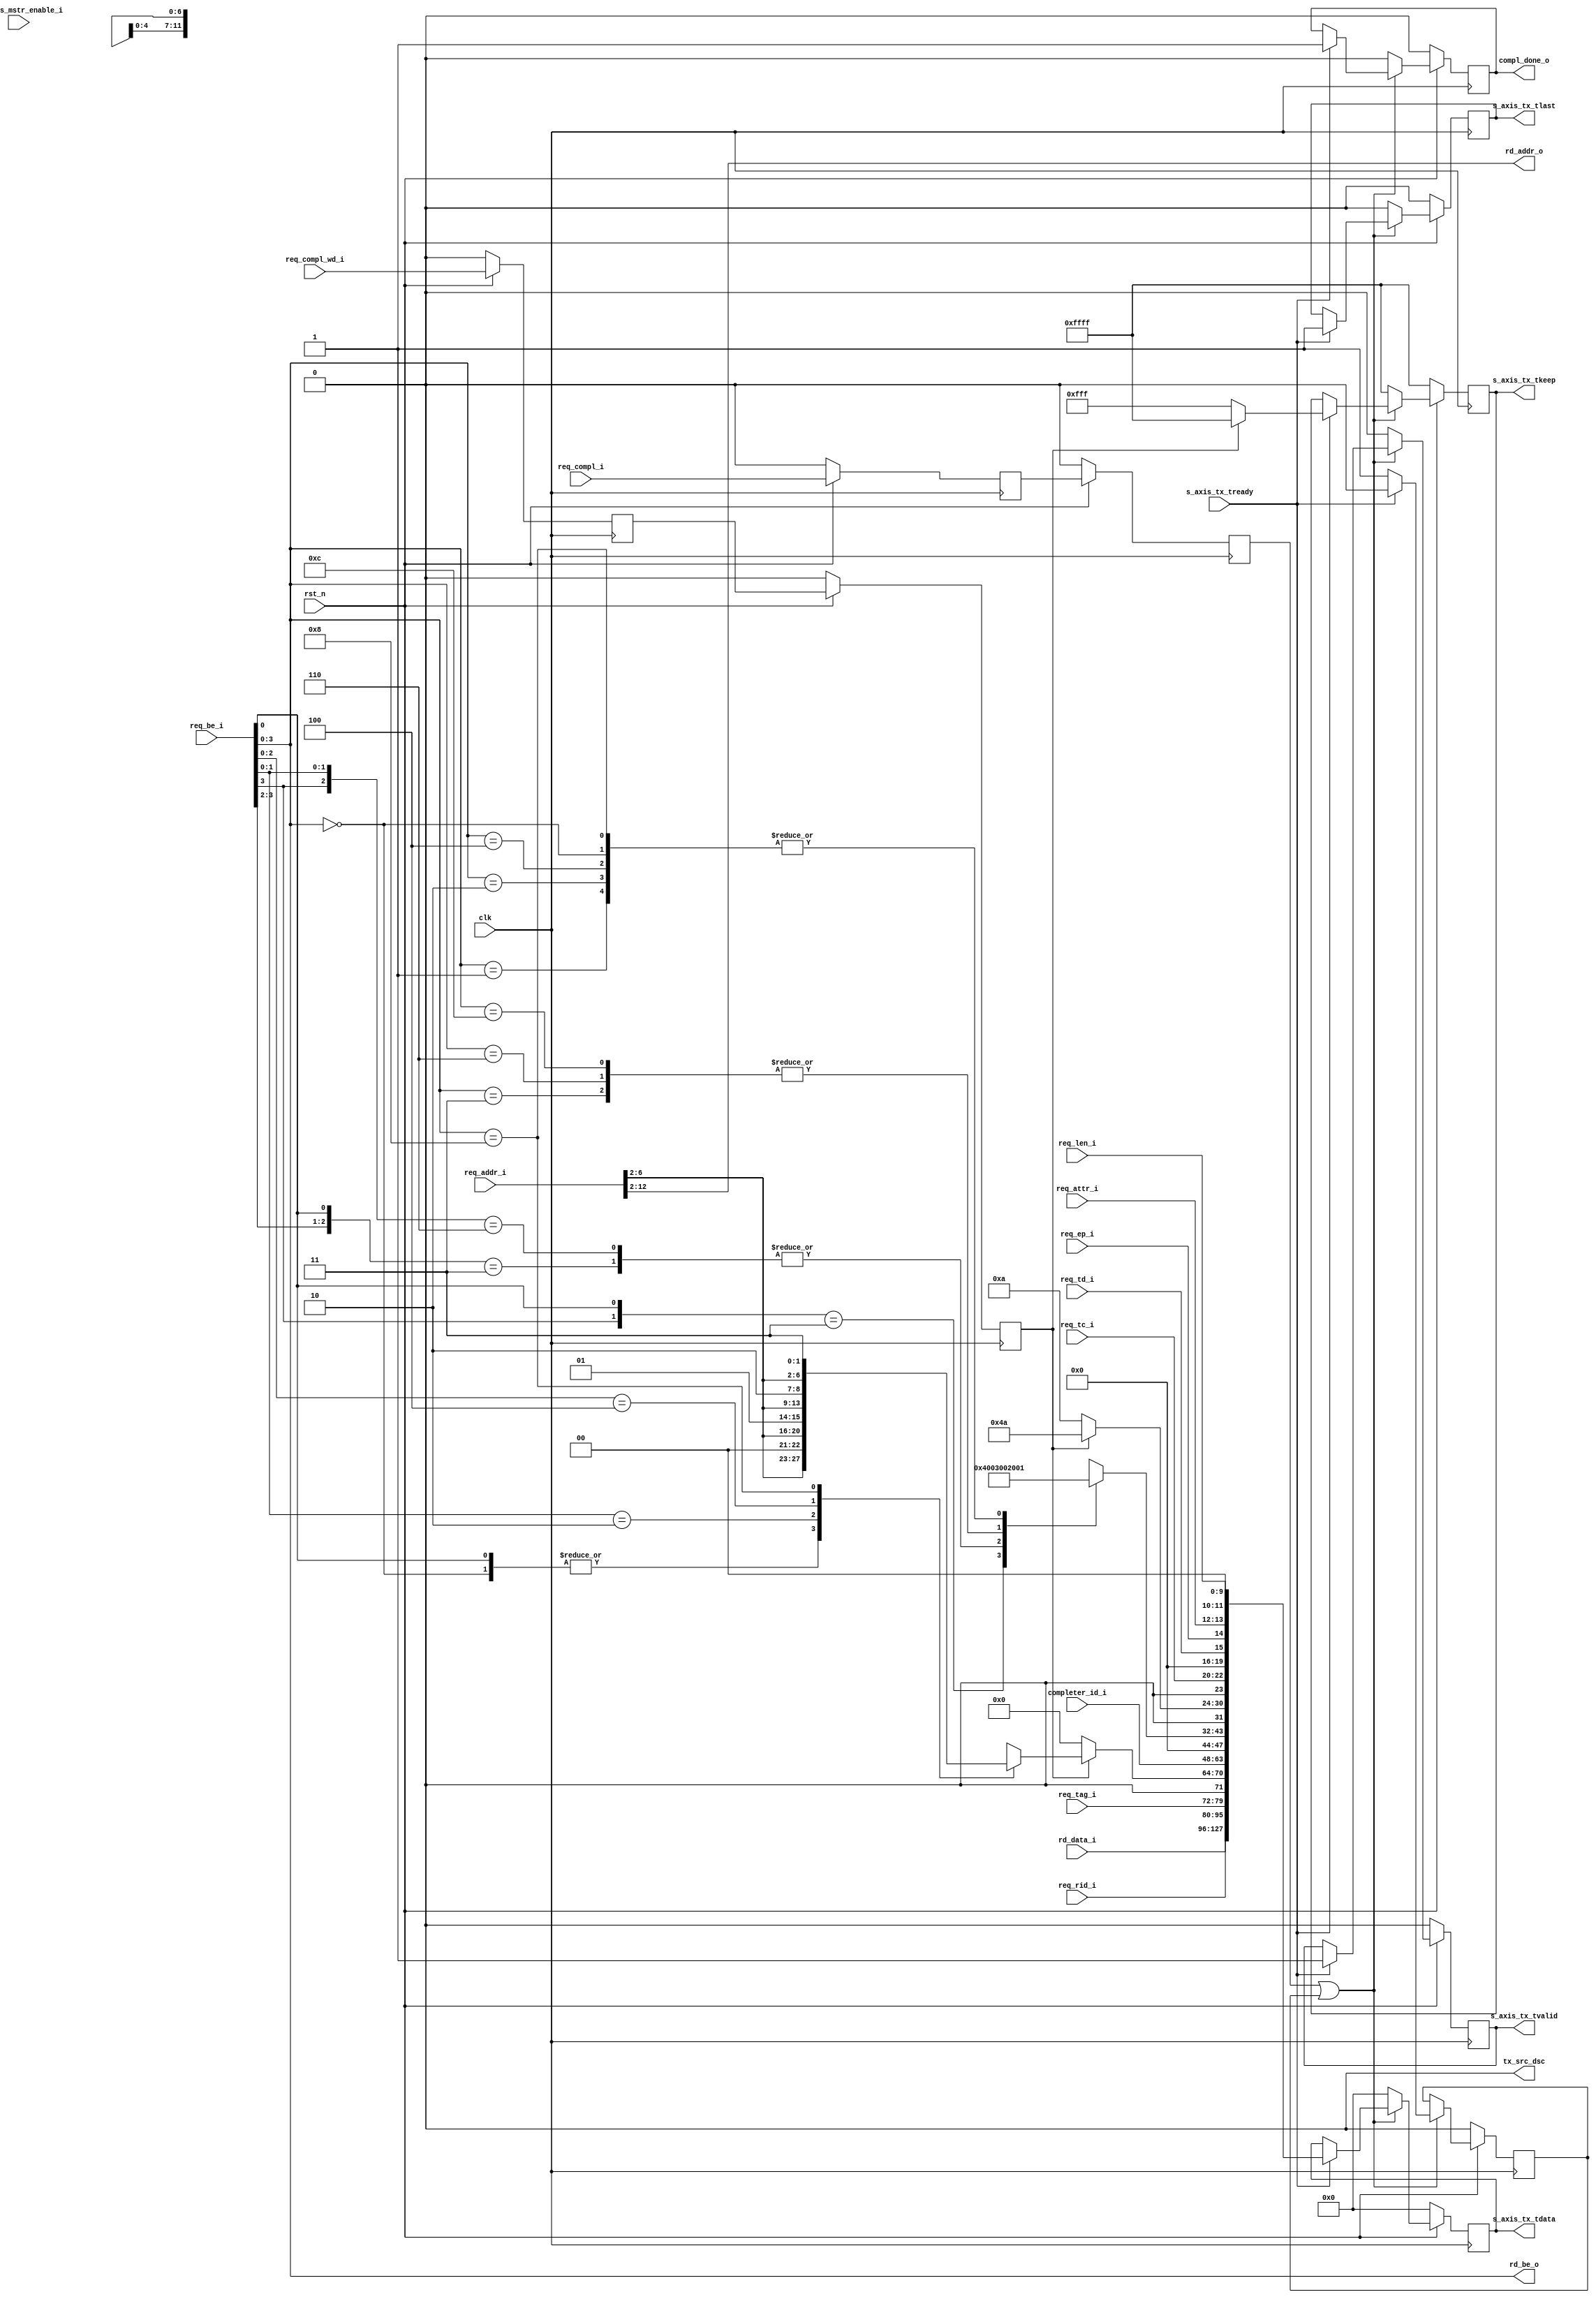
//-----------------------------------------------------------------------------
//
// (c) Copyright 2009-2011 Xilinx, Inc. All rights reserved.
//
// This file contains confidential and proprietary information
// of Xilinx, Inc. and is protected under U.S. and
// international copyright and other intellectual property
// laws.
//
// DISCLAIMER
// This disclaimer is not a license and does not grant any
// rights to the materials distributed herewith. Except as
// otherwise provided in a valid license issued to you by
// Xilinx, and to the maximum extent permitted by applicable
// law: (1) THESE MATERIALS ARE MADE AVAILABLE "AS IS" AND
// WITH ALL FAULTS, AND XILINX HEREBY DISCLAIMS ALL WARRANTIES
// AND CONDITIONS, EXPRESS, IMPLIED, OR STATUTORY, INCLUDING
// BUT NOT LIMITED TO WARRANTIES OF MERCHANTABILITY, NON-
// INFRINGEMENT, OR FITNESS FOR ANY PARTICULAR PURPOSE; and
// (2) Xilinx shall not be liable (whether in contract or tort,
// including negligence, or under any other theory of
// liability) for any loss or damage of any kind or nature
// related to, arising under or in connection with these
// materials, including for any direct, or any indirect,
// special, incidental, or consequential loss or damage
// (including loss of data, profits, goodwill, or any type of
// loss or damage suffered as a result of any action brought
// by a third party) even if such damage or loss was
// reasonably foreseeable or Xilinx had been advised of the
// possibility of the same.
//
// CRITICAL APPLICATIONS
// Xilinx products are not designed or intended to be fail-
// safe, or for use in any application requiring fail-safe
// performance, such as life-support or safety devices or
// systems, Class III medical devices, nuclear facilities,
// applications related to the deployment of airbags, or any
// other applications that could lead to death, personal
// injury, or severe property or environmental damage
// (individually and collectively, "Critical
// Applications"). Customer assumes the sole risk and
// liability of any use of Xilinx products in Critical
// Applications, subject only to applicable laws and
// regulations governing limitations on product liability.
//
// THIS COPYRIGHT NOTICE AND DISCLAIMER MUST BE RETAINED AS
// PART OF THIS FILE AT ALL TIMES.
//
//-----------------------------------------------------------------------------
// Project    : Virtex-6 Integrated Block for PCI Express
// Version    : 2.4
//-- Description: 128 bit Local-Link Transmit Unit.
//--
//--------------------------------------------------------------------------------

`timescale 1ns/1ns


module PIO_128_TX_ENGINE    #(
  // RX/TX interface data width
  parameter C_DATA_WIDTH = 128,
  parameter TCQ = 1,

  // KEEP width
  parameter KEEP_WIDTH = C_DATA_WIDTH / 8
)(

  input               clk,
  input               rst_n,

  // AXIS
  input                           s_axis_tx_tready,
  output  reg [C_DATA_WIDTH-1:0]  s_axis_tx_tdata,
  output  reg [KEEP_WIDTH-1:0]    s_axis_tx_tkeep,
  output  reg                     s_axis_tx_tlast,
  output  reg                     s_axis_tx_tvalid,
  output                          tx_src_dsc,


  input               req_compl_i,
  input               req_compl_wd_i,
  output  reg         compl_done_o,

  input [2:0]         req_tc_i,
  input               req_td_i,
  input               req_ep_i,
  input [1:0]         req_attr_i,
  input [9:0]         req_len_i,
  input [15:0]        req_rid_i,
  input [7:0]         req_tag_i,
  input [7:0]         req_be_i,
  input [12:0]        req_addr_i,

  output [10:0]       rd_addr_o,
  output [3:0]        rd_be_o,
  input  [31:0]       rd_data_i,

  input [15:0]        completer_id_i,
  input               cfg_bus_mstr_enable_i
);

localparam PIO_128_CPLD_FMT_TYPE = 7'b10_01010;
localparam PIO_128_CPL_FMT_TYPE  = 7'b00_01010;
localparam PIO_128_TX_RST_STATE  = 1'b0;
localparam PIO_128_TX_CPLD_QW1   = 1'b1;

    // Local registers


    reg [11:0]          byte_count;
    reg [06:0]          lower_addr;

    reg                 req_compl_q;
    reg                 req_compl_q2;
    reg                 req_compl_wd_q;
    reg                 req_compl_wd_q2;

    reg                 hold_state;


    // Local wires

    // Unused discontinue
    assign tx_src_dsc = 1'b0;

    // * Present address and byte enable to memory module

    assign rd_addr_o = req_addr_i[12:2];
    assign rd_be_o =   req_be_i[3:0];

    // * Calculate byte count based on byte enable

    always @ (rd_be_o) begin

      casex (rd_be_o[3:0])

        4'b1xx1 : byte_count = 12'h004;
        4'b01x1 : byte_count = 12'h003;
        4'b1x10 : byte_count = 12'h003;
        4'b0011 : byte_count = 12'h002;
        4'b0110 : byte_count = 12'h002;
        4'b1100 : byte_count = 12'h002;
        4'b0001 : byte_count = 12'h001;
        4'b0010 : byte_count = 12'h001;
        4'b0100 : byte_count = 12'h001;
        4'b1000 : byte_count = 12'h001;
        4'b0000 : byte_count = 12'h001;

      endcase

    end

    // * Calculate lower address based on  byte enable

    always @ (rd_be_o or req_addr_i or req_compl_wd_q2) begin

      casex ({req_compl_wd_q2, rd_be_o[3:0]})

        5'b0_xxxx : lower_addr = 8'h0;
        5'bx_0000 : lower_addr = {req_addr_i[6:2], 2'b00};
        5'bx_xxx1 : lower_addr = {req_addr_i[6:2], 2'b00};
        5'bx_xx10 : lower_addr = {req_addr_i[6:2], 2'b01};
        5'bx_x100 : lower_addr = {req_addr_i[6:2], 2'b10};
        5'bx_1000 : lower_addr = {req_addr_i[6:2], 2'b11};

      endcase

    end

    always @ ( posedge clk ) begin

        if (!rst_n ) begin

          req_compl_q     <= #TCQ 1'b0;
          req_compl_q2    <= #TCQ 1'b0;
          req_compl_wd_q  <= #TCQ 1'b0;
          req_compl_wd_q2 <= #TCQ 1'b0;

        end else begin

          req_compl_q     <= #TCQ req_compl_i;
          req_compl_q2    <= #TCQ req_compl_q;
          req_compl_wd_q  <= #TCQ req_compl_wd_i;
          req_compl_wd_q2 <= #TCQ req_compl_wd_q;


        end

    end

    // *  Generate Completion with 1 DW Payload

    always @ ( posedge clk ) begin

        if (!rst_n ) begin

          s_axis_tx_tlast   <= #TCQ 1'b0;
          s_axis_tx_tvalid  <= #TCQ 1'b0;
          s_axis_tx_tdata   <= #TCQ {C_DATA_WIDTH{1'b0}};
          s_axis_tx_tkeep   <= #TCQ {KEEP_WIDTH{1'b1}};

          compl_done_o      <= #TCQ 1'b0;
          hold_state        <= #TCQ 1'b0;

        end else begin

              if (req_compl_q2 | hold_state) begin
                 if (s_axis_tx_tready) begin

                    s_axis_tx_tlast   <= #TCQ 1'b1;
                    s_axis_tx_tvalid  <= #TCQ 1'b1;
                    s_axis_tx_tdata   <= #TCQ {                   // Bits
                                        rd_data_i,                // 32
                                        req_rid_i,                // 16
                                        req_tag_i,                //  8
                                        {1'b0},                   //  1
                                        lower_addr,               //  7
                                        completer_id_i,           // 16
                                        {3'b0},                   //  3
                                        {1'b0},                   //  1
                                        byte_count,               // 12
                                        {1'b0},                   //  1
                                        (req_compl_wd_q2 ?
                                        PIO_128_CPLD_FMT_TYPE :
                                        PIO_128_CPL_FMT_TYPE),    //  7
                                        {1'b0},                   //  1
                                        req_tc_i,                 //  3
                                        {4'b0},                   //  4
                                        req_td_i,                 //  1
                                        req_ep_i,                 //  1
                                        req_attr_i,               //  2
                                        {2'b0},                   //  2
                                        req_len_i                 // 10
                                        };

                    // Here we select if the packet has data or
                    // not.  The strobe signal will mask data
                    // when it is not needed.  No reason to change
                    // the data bus.
                    if (req_compl_wd_q2)
                      s_axis_tx_tkeep   <= #TCQ 16'hFFFF;
                    else
                      s_axis_tx_tkeep   <= #TCQ 16'h0FFF;

                    compl_done_o      <= #TCQ 1'b1;
                    hold_state        <= #TCQ 1'b0;

                 end else
                    hold_state        <= #TCQ 1'b1;

               end else  begin

                s_axis_tx_tlast   <= #TCQ 1'b0;
                s_axis_tx_tvalid  <= #TCQ 1'b0;
                s_axis_tx_tdata   <= #TCQ {C_DATA_WIDTH{1'b0}};
                s_axis_tx_tkeep   <= #TCQ {KEEP_WIDTH{1'b1}};
                compl_done_o      <= #TCQ 1'b0;

               end

        end

    end

endmodule // PIO_128_TX_ENGINE